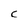
Character: C